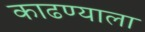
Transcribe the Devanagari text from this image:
काढण्याला